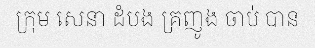
ក្រុម សេនា ដំបង គ្រញូង ចាប់ បាន